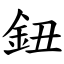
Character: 鈕